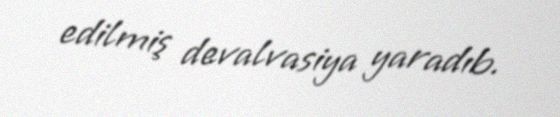
edilmiş devalvasiya yaradıb.